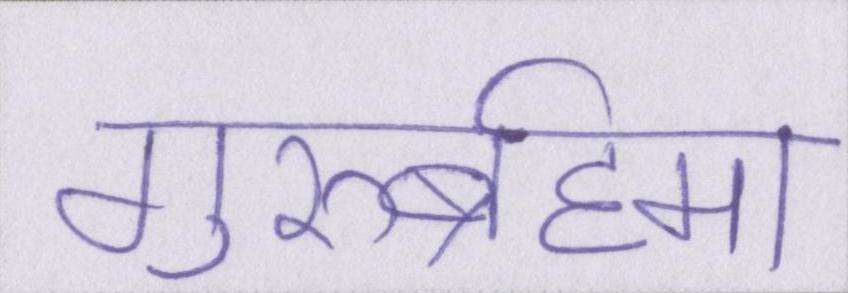
गुरुर्ब्रह्मा